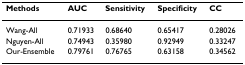
| Methods | AUC | Sensitivity | Specificity | CC |
 | --- | --- | --- | --- | --- |
 | Wang-All | 0.71933 | 0.68640 | 0.65417 | 0.28026 |
 | Nguyen-All | 0.74943 | 0.35980 | 0.92949 | 0.33247 |
 | Our-Ensemble | 0.79761 | 0.76765 | 0.63158 | 0.34562 |